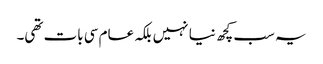
یہ سب کچھ نیا نہیں بلکہ عام سی بات تھی۔